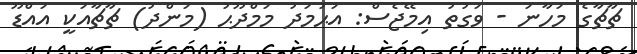
ޗާޗާގެ މަހާނަ - ވަގުތު އިމޭޖެސް: އަޙުމަދު މަމްދޫޙު (މަންދު) ޗާޗާއަކީ އައްޑޫ